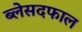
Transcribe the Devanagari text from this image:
ब्लेसदफाल